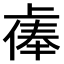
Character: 𫠷